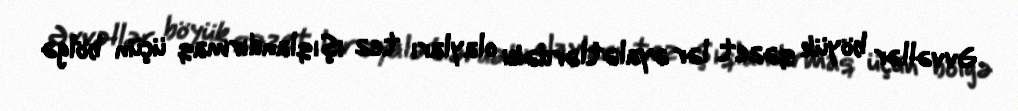
Əvvəllər böyük qəzet lər əyalətlərdəki olayları tez işıqlandırmaq üçün bölgə